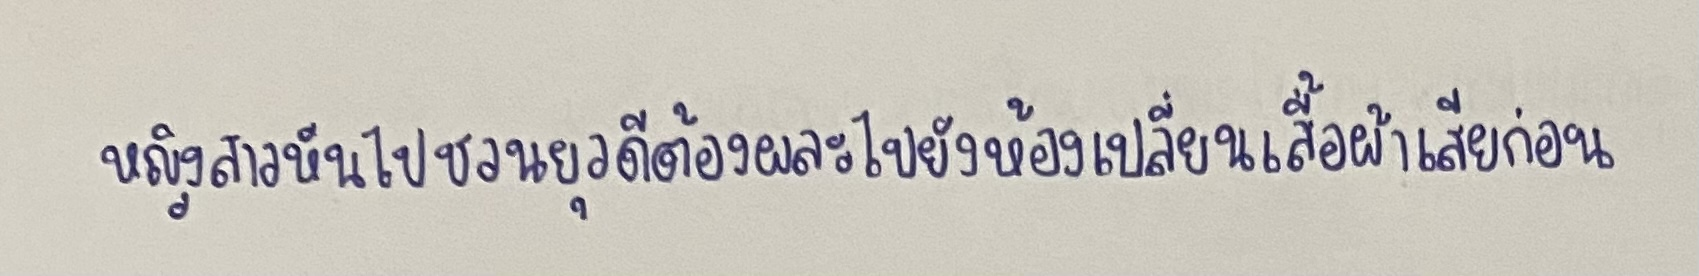
หญิงสาวหันไปชวนยุวดีต้องผละไปยังห้องเปลี่ยนเสื้อผ้าเสียก่อน